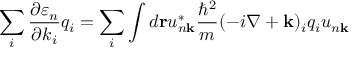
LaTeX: \sum _ { i } { \frac { \partial \varepsilon _ { n } } { \partial k _ { i } } } q _ { i } = \sum _ { i } \int d \mathbf { r } u _ { n \mathbf { k } } ^ { * } { \frac { \hbar ^ { 2 } } { m } } ( - i \nabla + \mathbf { k } ) _ { i } q _ { i } u _ { n \mathbf { k } }